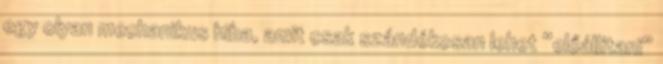
egy olyan mechanikus hiba, amit csak szándékosan lehet “előállítani”